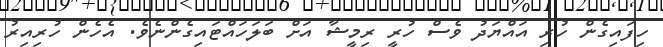
ހިފައިގެން ހުރި އައްޔަދު ވެސް ހުރީ ރިމީޝާ އަށް ބަލަހައްޓައިގެންނެވެ. އެހެން ހުރިއިރު